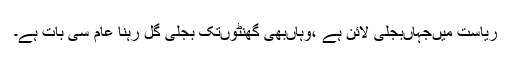
ریاست میںجہاںبجلی لائن ہے ،وہاںبھی گھنٹوںتک بجلی گل رہنا عام سی بات ہے۔